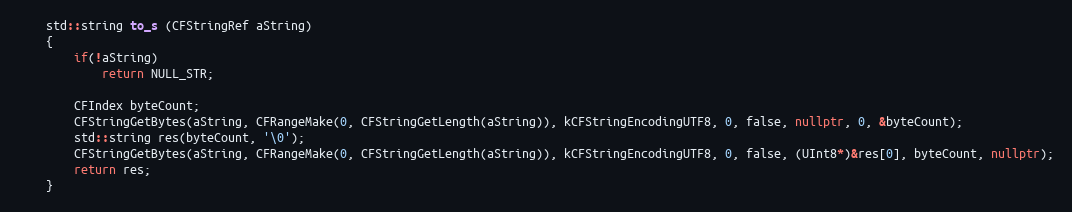
Language: C++
	std::string to_s (CFStringRef aString)
	{
		if(!aString)
			return NULL_STR;

		CFIndex byteCount;
		CFStringGetBytes(aString, CFRangeMake(0, CFStringGetLength(aString)), kCFStringEncodingUTF8, 0, false, nullptr, 0, &byteCount);
		std::string res(byteCount, '\0');
		CFStringGetBytes(aString, CFRangeMake(0, CFStringGetLength(aString)), kCFStringEncodingUTF8, 0, false, (UInt8*)&res[0], byteCount, nullptr);
		return res;
	}